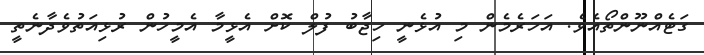
ގަޓެއްނޫންތޯއެވެ. އަހަރެމެން މި އުޅެނީ ހިޖާބު ފުލް ކޮށް އެޅީމާ އެމީހުން ރުޅިއަތުވެދާނެތީ